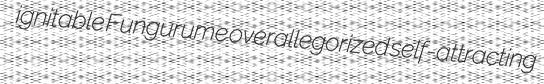
ignitable Fungurume overallegorized self-attracting